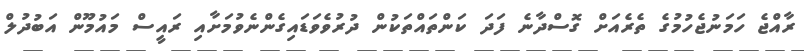
ރާއްޖެ ހަމަނުޖެހުމުގެ ތެރެއަށް ގޮސްދާނެ ފަދަ ކަންތައްތަކުން ދުރުވެވަޑައިގެންނެވުމަށާއި ރައީސް މައުމޫން އަބުދުލް